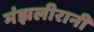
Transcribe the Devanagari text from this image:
मंझलीरानी